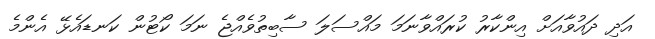
އަދި ދައުވާއަށް އިންކާރު ކުރައްވާނަމަ މައްސަލަ ސާބިތުވެއްޖެ ނަމަ ކޯޓުން ކަނޑައެޅޭ އެންމެ